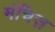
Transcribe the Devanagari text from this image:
मंचिज़